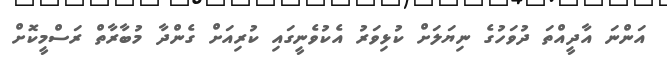
އަންނަ އާދީއްތަ ދުވަހުގެ ނިޔަލަށް ކުޅިވަރު އެކުވެނީގައި ކުރިއަށް ގެންދާ މުބާރާތް ރަސްމީކޮށް